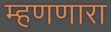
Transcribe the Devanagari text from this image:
म्हणणारा